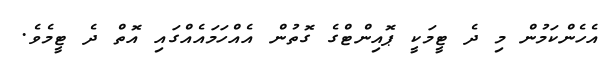
އެހެންކަމުން މި ދެ ޓީމަކީ ޕޮއިންޓްގެ ގޮތުން އެއްހަމައެއްގައި އޮތް ދެ ޓީމެވެ.